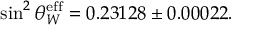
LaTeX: \sin ^ { 2 } \theta _ { W } ^ { \mathrm { e f f } } = 0 . 2 3 1 2 8 \pm 0 . 0 0 0 2 2 .